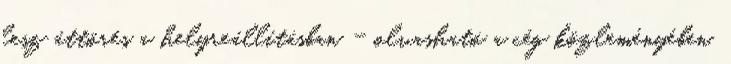
lesz áttörés a helyreállításban - olvasható a cég közleményében.